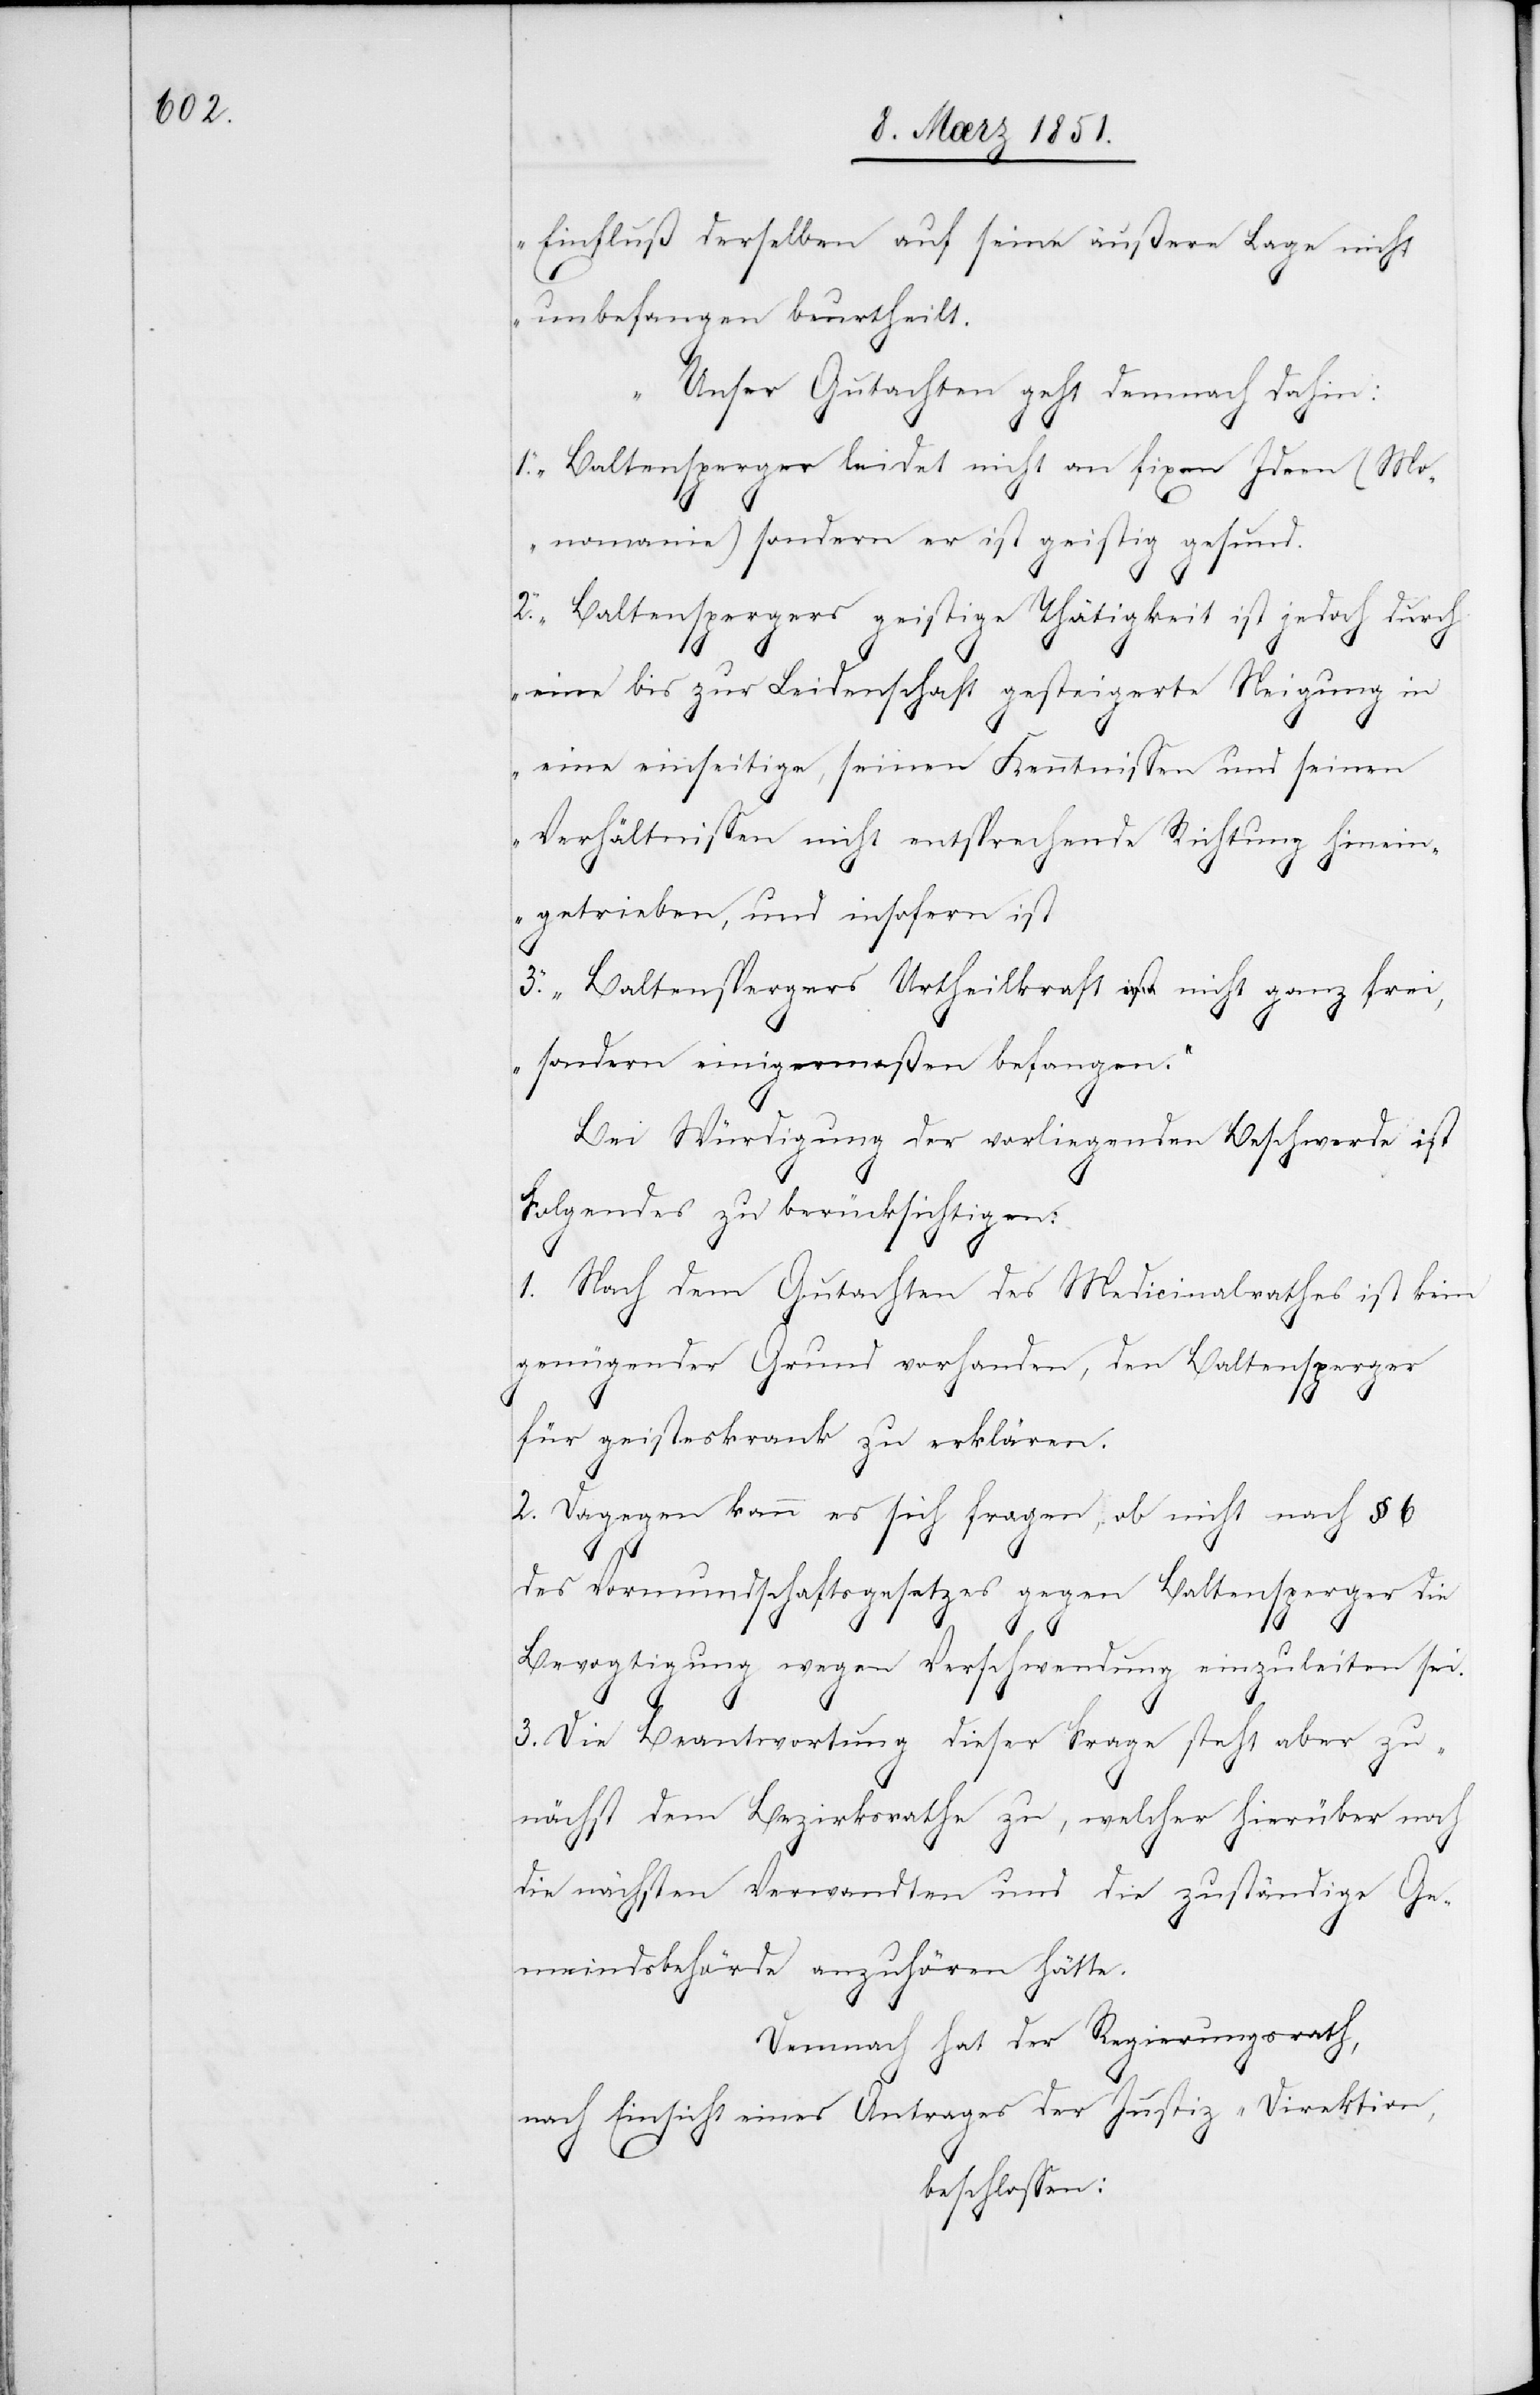
Einfluß derselben auf seine äußere Lage nicht
unbefangen beurtheilt.
Unser Gutachten geht demnach dahin:
1. Baltensperger leidet nicht an fixen Ideen (Mo¬
nomanie) sondern er ist geistig gesund.
2. Baltenspergers geistige Thätigkeit ist jedoch durch
eine bis zur Leidenschaft gesteigerte Neigung in
eine einseitige, seinen Kenntnissen und seinen
Verhältnissen nicht entsprechende Richtung hinein¬
getrieben, und insofern ist
3. Baltenspergers Urtheilskraft nicht ganz frei,
sondern einigermaßen befangen.“
Bei Würdigung der vorliegenden Beschwerde ist
8]
Folgendes zu berücksichtigen:
1. Nach dem Gutachten des Medicinalrathes ist kein
genügender Grund vorhanden, den Baltensperger
für geisteskrank zu erklären.
2. Dagegen kann es sich fragen, ob nicht nach § 6
des Vormundschaftsgesetzes gegen Baltensperger die
Bevogtigung wegen Verschwendung einzuleiten sei.
3. Die Beantwortung dieser Frage steht aber zu¬
nächst dem Bezirksrathe zu, welcher hierüber noch
die nächsten Verwandten und die zuständige Ge¬
meindsbehörde anzuhören hätte.
Demnach hat der Regierungsrath,
nach Einsicht eines Antrages der Justiz-Direktion,
beschlossen: